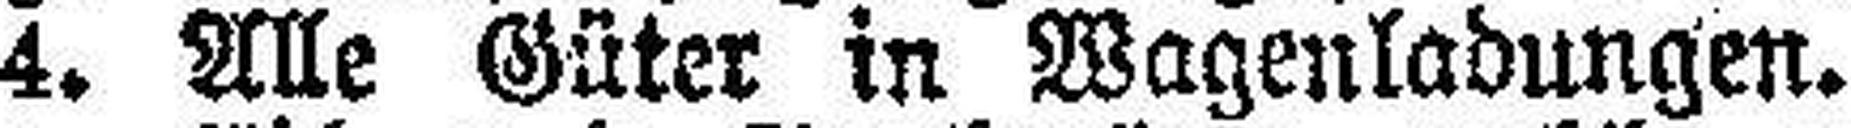
4. We Güter in Wagenladungen.